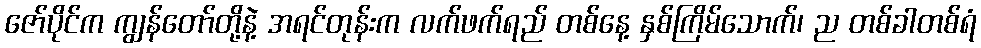
ဇော်ပိုင်က ကျွန်တော်တို့နဲ့ အရင်တုန်းက လက်ဖက်ရည် တစ်နေ့ နှစ်ကြိမ်သောက်၊ ည တစ်ခါတစ်ရံ